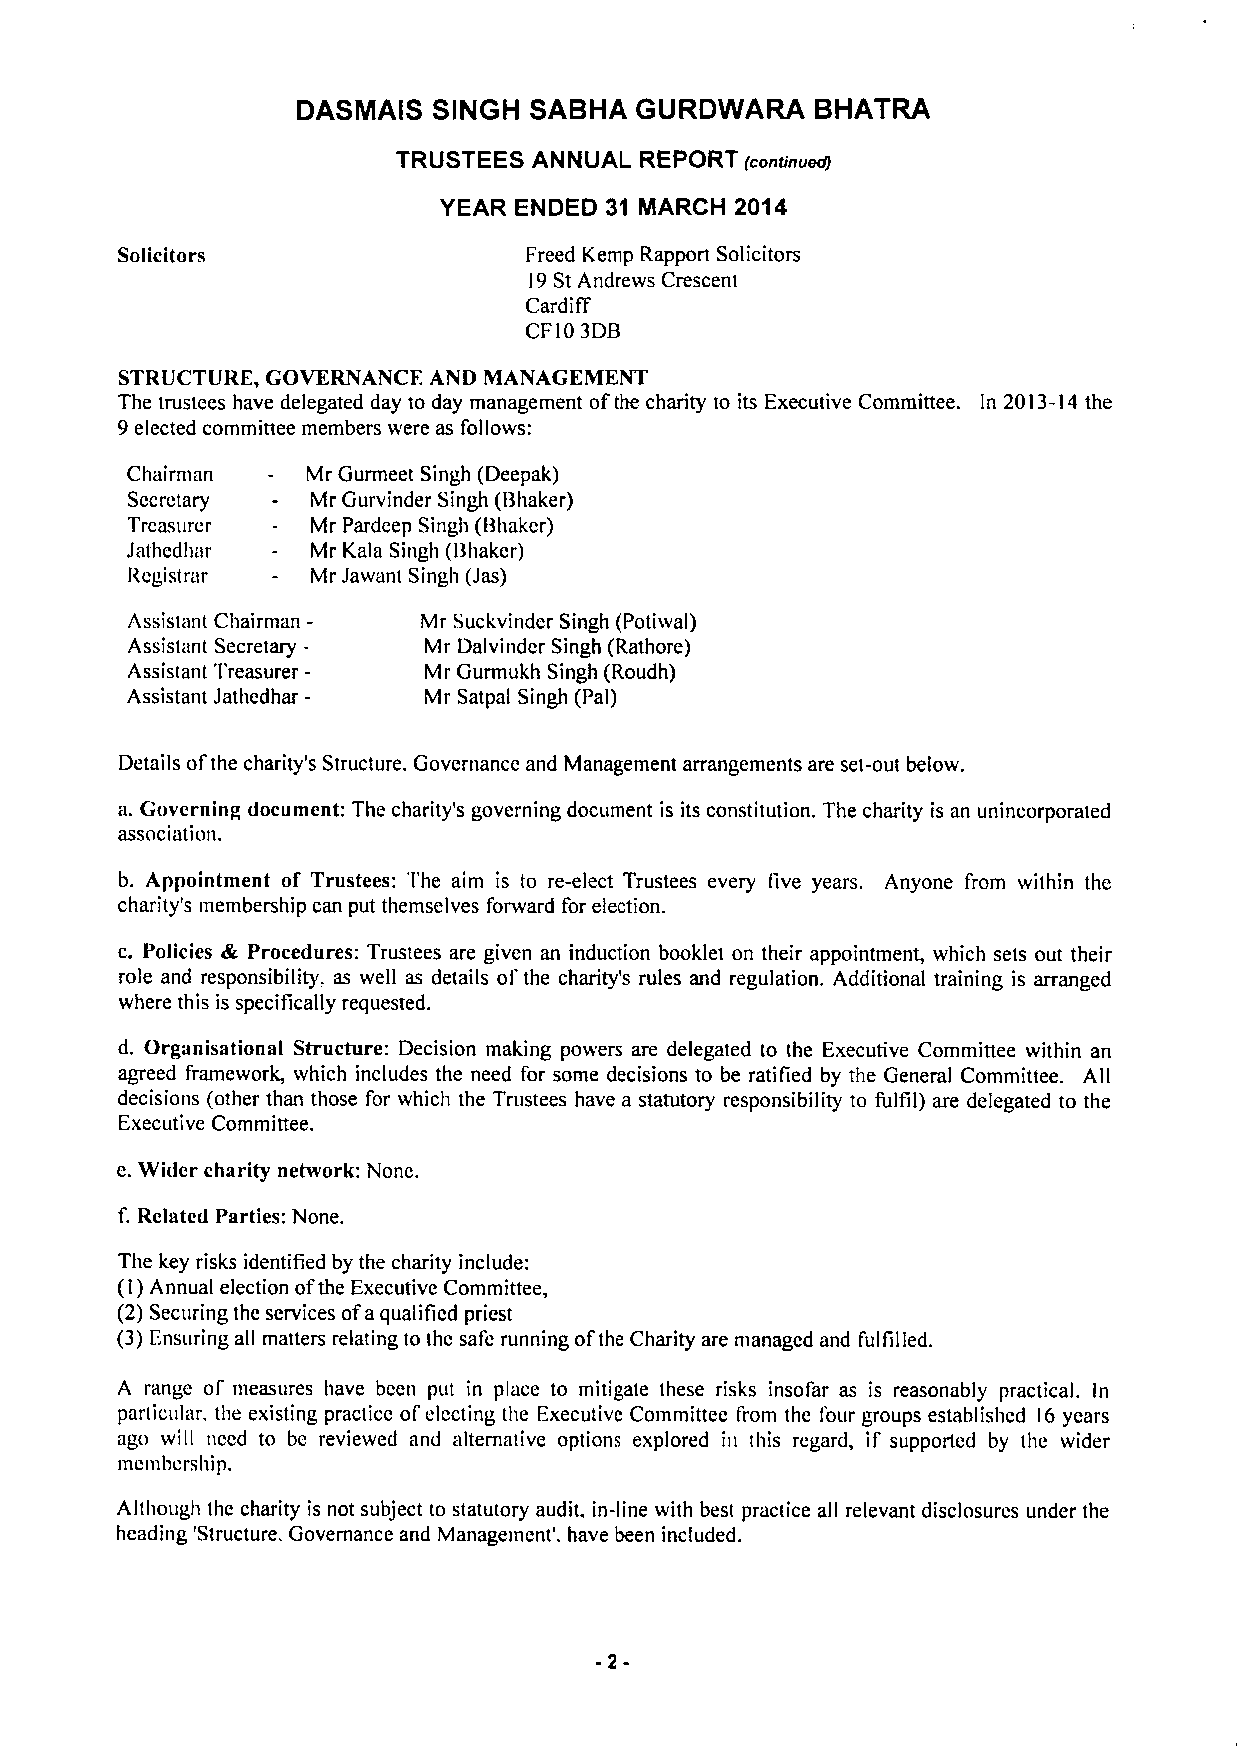
DASMAIS  SINGH SABHA  GURDWARA    BHATRA
 TRUSTEES ANNUAL REPORT (continuedJ
 YEAR ENDED 31 MARCH 2014
 Solicitors                 Freed Kemp Rapport Solicitors
 9StAndrews Crescent
 I
 Cardiff
 CF103DB
 STRUCTURE, GOVERNANCE AND MANAGEMENT
 The trustees have delegated day to day management ofthe charity to its Executive Committee. In 2013-14the
 9elected committee members were as follows:
 Chairman    Mr Gurmeet Singh (Deepak)
 Secretary    Mr Gurvinder Singh (Bhaker)
 Treasurer    Mr Pardeep Singh (Bhaker)
 Jathedhar   Mr Kala Singh (Bhaker)
 Registrar    Mr Jawant Singh (Jas)
 Assistant Chairman- Mr Suckvinder Singh (Potiwal)
 Assistant Secretary- Mr Dalvinder Singh (Rathore)
 Assistant Treasurer- Mr Gurmukh Singh (Roudh)
 Assistant Jathedhar- Mr Satpal Singh (Pal)
 Details ofthe charity's Structure. Governance and Management arrangements are set-out below.
 a. Governing document: The charity's governing document is its constitution. The charity is an unincorporated
 association.
 b. Appointment of Trustees: The aim is to re-elect Trustees every five years. Anyone I'rom within the
 charity's membership can put themselves forward for election.
 c. Policies & Procedures: Trustees are given an induction booklet on their appointment, which sets out their
 role and responsibility. as well as details ofthe charity's rules and regulation. Additional training is arranged
 where this is specifically requested.
 d. Organisational Structure: Decision making pov ers are delegated to the Executive Committee within an
 agreed framework, which includes the need for some decisions to be ratified by the General Committee. All
 decisions (other than those for which the Trustees have a statutory responsibility to fulfil) are delegated to the
 Executive Committee.
 c.Wider charity network: None.
 f.Related Parties: None.
 The key risks identified by the charity include:
 (I)Annual election ofthe Executive Committee,
 (2)Securing the services ofaqualified priest
 (3)Ensuring all matters relating to the safe running ofthe Charity are managed and fulfilled.
 A range of measures have been put in place to mitigate these risks insofar as is reasonably practical. In
 particular, the existing practice ofelecting the Fxecutive Committee from the four groups established l6 years
 ago will need to be reviewed and alternative options explored in this regard, if supported by the wider
 membership.
 Although the charity is not subject to statutory audit, in-line with best practice all relevant disclosures under the
 heading 'Structure. Governance and Management'. have been included.
 -2-